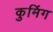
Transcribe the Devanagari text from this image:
कुमिंग